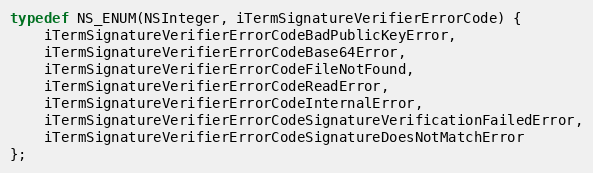
Language: C
typedef NS_ENUM(NSInteger, iTermSignatureVerifierErrorCode) {
    iTermSignatureVerifierErrorCodeBadPublicKeyError,
    iTermSignatureVerifierErrorCodeBase64Error,
    iTermSignatureVerifierErrorCodeFileNotFound,
    iTermSignatureVerifierErrorCodeReadError,
    iTermSignatureVerifierErrorCodeInternalError,
    iTermSignatureVerifierErrorCodeSignatureVerificationFailedError,
    iTermSignatureVerifierErrorCodeSignatureDoesNotMatchError
};